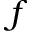
f